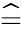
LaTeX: \widehat{=}